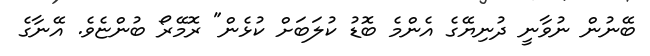
ބޭނުން ނުވާނީ ދުނިޔޭގެ އެންމެ ބޮޑު ކުލަބަށް ކުޅެން" ރޮމޭރޯ ބުންޏެވެ. އޭނާގެ